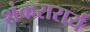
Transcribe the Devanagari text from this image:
शंकरारार्य